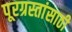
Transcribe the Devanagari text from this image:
पूरग्रस्तांसाठी